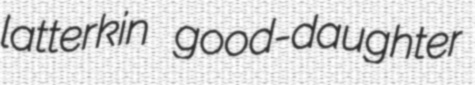
latterkin good-daughter